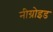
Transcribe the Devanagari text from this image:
नीग्रोइड